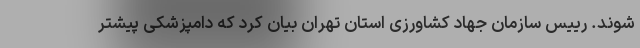
شوند. رییس سازمان جهاد کشاورزی استان تهران بیان کرد که دامپزشکی پیشتر